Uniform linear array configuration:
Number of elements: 16
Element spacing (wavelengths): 1
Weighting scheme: hamming
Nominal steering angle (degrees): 0
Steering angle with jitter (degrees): -0.376
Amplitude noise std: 0.05
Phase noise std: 0.05

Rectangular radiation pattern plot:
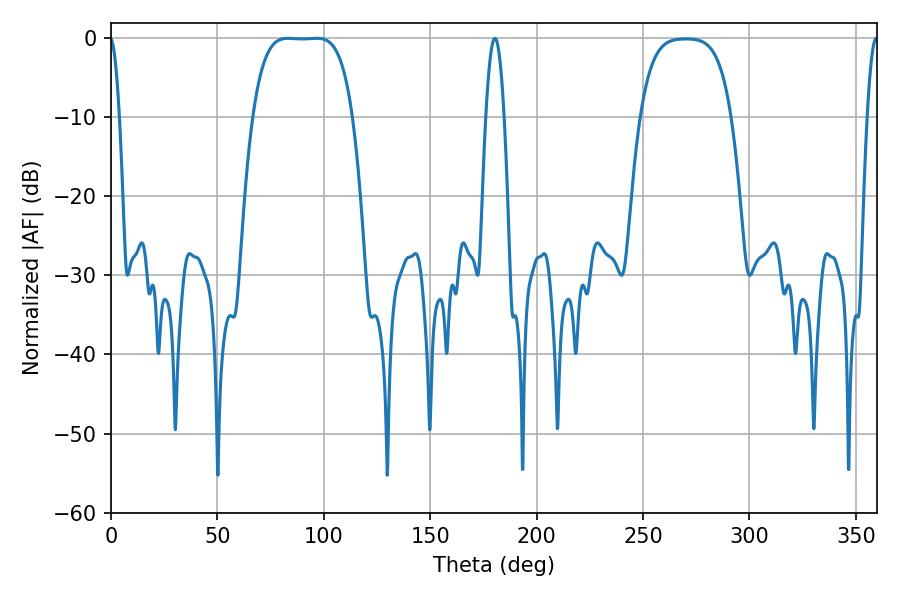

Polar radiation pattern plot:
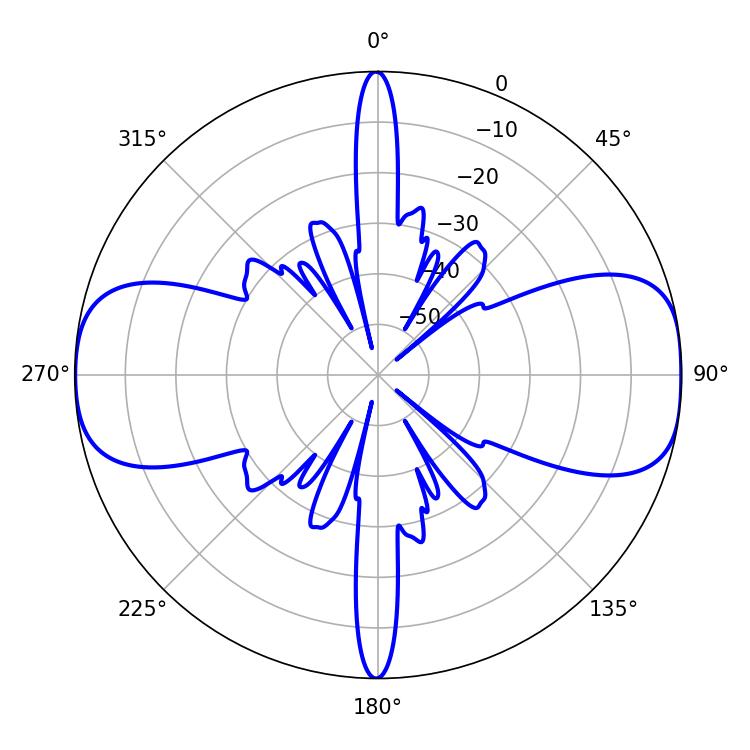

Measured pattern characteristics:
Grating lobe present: TRUE
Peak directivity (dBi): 13.021
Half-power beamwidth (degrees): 36
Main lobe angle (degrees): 83.34